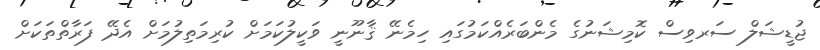
ޖުޑީޝަލް ސަރވިސް ކޮމިޝަނުގެ މެންބަރެއްކަމުގައި ހިމެނޭ ޤާނޫނީ ވަކީލުކަމަށް ކުރިމަތިލުމަށް އެދޭ ފަރާތްތަކަށް